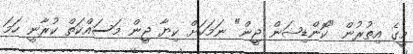
މީގެ އިތުރުން "ކޮންޑިޝަން ޖީން" ނަމަކަށް ކިޔާ ޖީން މަސައްކަތް ކުރާނީ ހަމަ